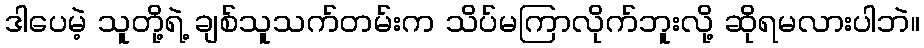
ဒါပေမဲ့ သူတို့ရဲ့ ချစ်သူသက်တမ်းက သိပ်မကြာလိုက်ဘူးလို့ ဆိုရမလားပါဘဲ။